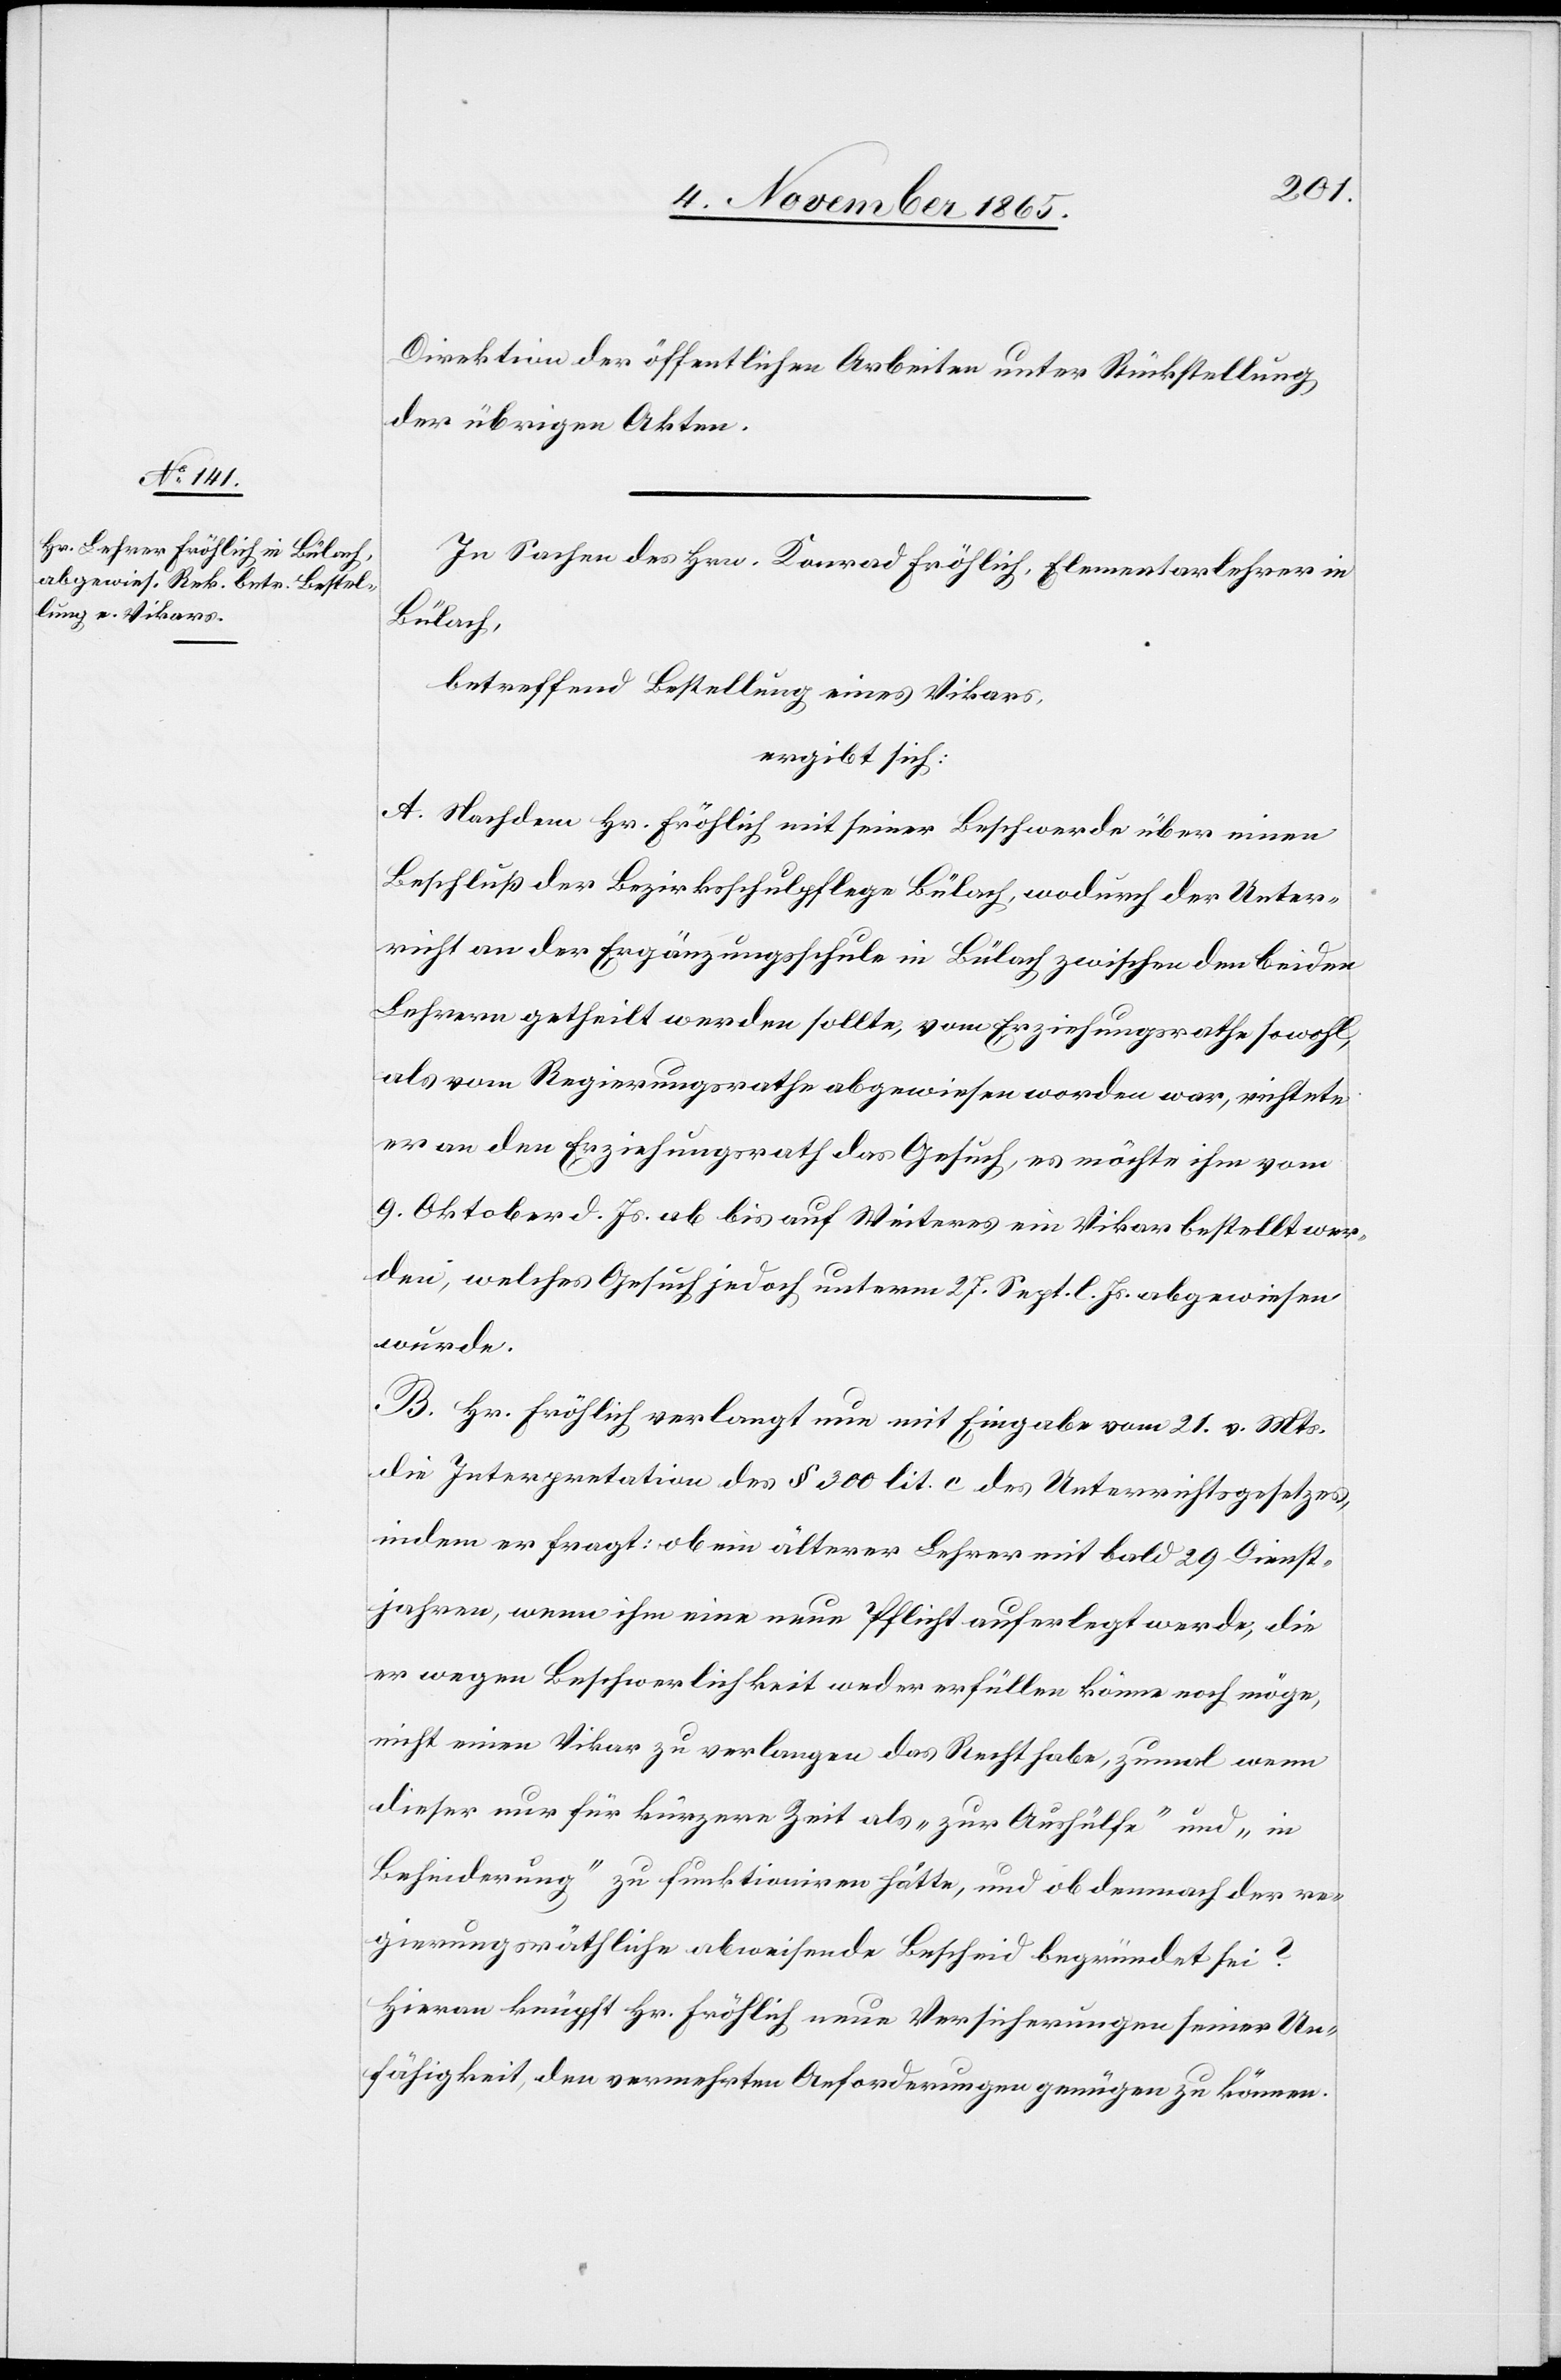
Direktion der öffentlichen Arbeiten unter Rückstellung
der übrigen Akten.
In Sachen des Hrn. Konrad Fröhlich, Elementarlehrer in
Bülach,
betreffend Bestellung eines Vikars,
ergibt sich:
A. Nachdem Hr. Fröhlich mit seiner Beschwerde über einen
Beschluß der Bezirksschulpflege Bülach, wodurch der Unter¬
richt an der Ergänzungsschule in Bülach zwischen den beiden
Lehrern getheilt werden sollte, vom Erziehungsrathe sowohl,
als vom Regierungsrathe abgewiesen worden war, richtete
er an den Erziehungsrath das Gesuch, es möchte ihm vom
9. Oktober d. Js. ab bis auf Weiteres ein Vikar bestellt wer¬
den, welches Gesuch jedoch unterm 27. Sept. l. Js. abgewiesen
wurde.
B. Hr. Fröhlich verlangt nun mit Eingabe vom 21. v. Mts.
die Interpretation des § 300 lit. c des Unterrichtsgesetzes,
indem er fragt: ob ein älterer Lehrer mit bald 29 Dienst¬
jahren, wenn ihm eine neue Pflicht auferlegt werde, die
er wegen Beschwerlichkeit weder erfüllen könne noch möge,
nicht einen Vikar zu verlangen das Recht habe, zumal wenn
dieser nur für kürzere Zeit als „zur Aushülfe“ und „in
Behinderung“ zu funktioniren hätte, und ob demnach der re¬
gierungsräthliche abweisende Bescheid begründet sei?
Hieran knüpft Hr. Fröhlich neue Versicherungen seiner Un¬
fähigkeit, den vermehrten Anforderungen genügen zu können.